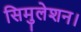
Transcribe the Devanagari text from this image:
सिमुलेशन।